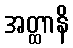
အတ္ထာနိ